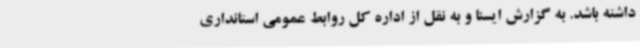
داشته باشد. به گزارش ایسنا و به نقل از اداره کل روابط عمومی استانداری